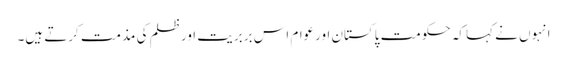
انہوں نے کہا کہ حکومت پاکستان اورعوام اس بربریت اورظلم کی مذمت کرتے ہیں۔